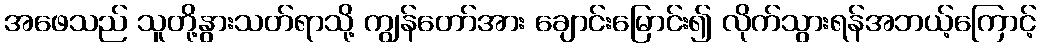
အဖေသည် သူတို့နွားသတ်ရာသို့ ကျွန်တော်အား ချောင်းမြောင်း၍ လိုက်သွားရန်အဘယ့်ကြောင့်